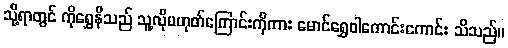
သို့ရာတွင် ကိုရွှေနီသည် သူ့လိုမဟုတ်ကြောင်းကိုကား မောင်ရွှေဝါကောင်းကောင်း သိသည်။